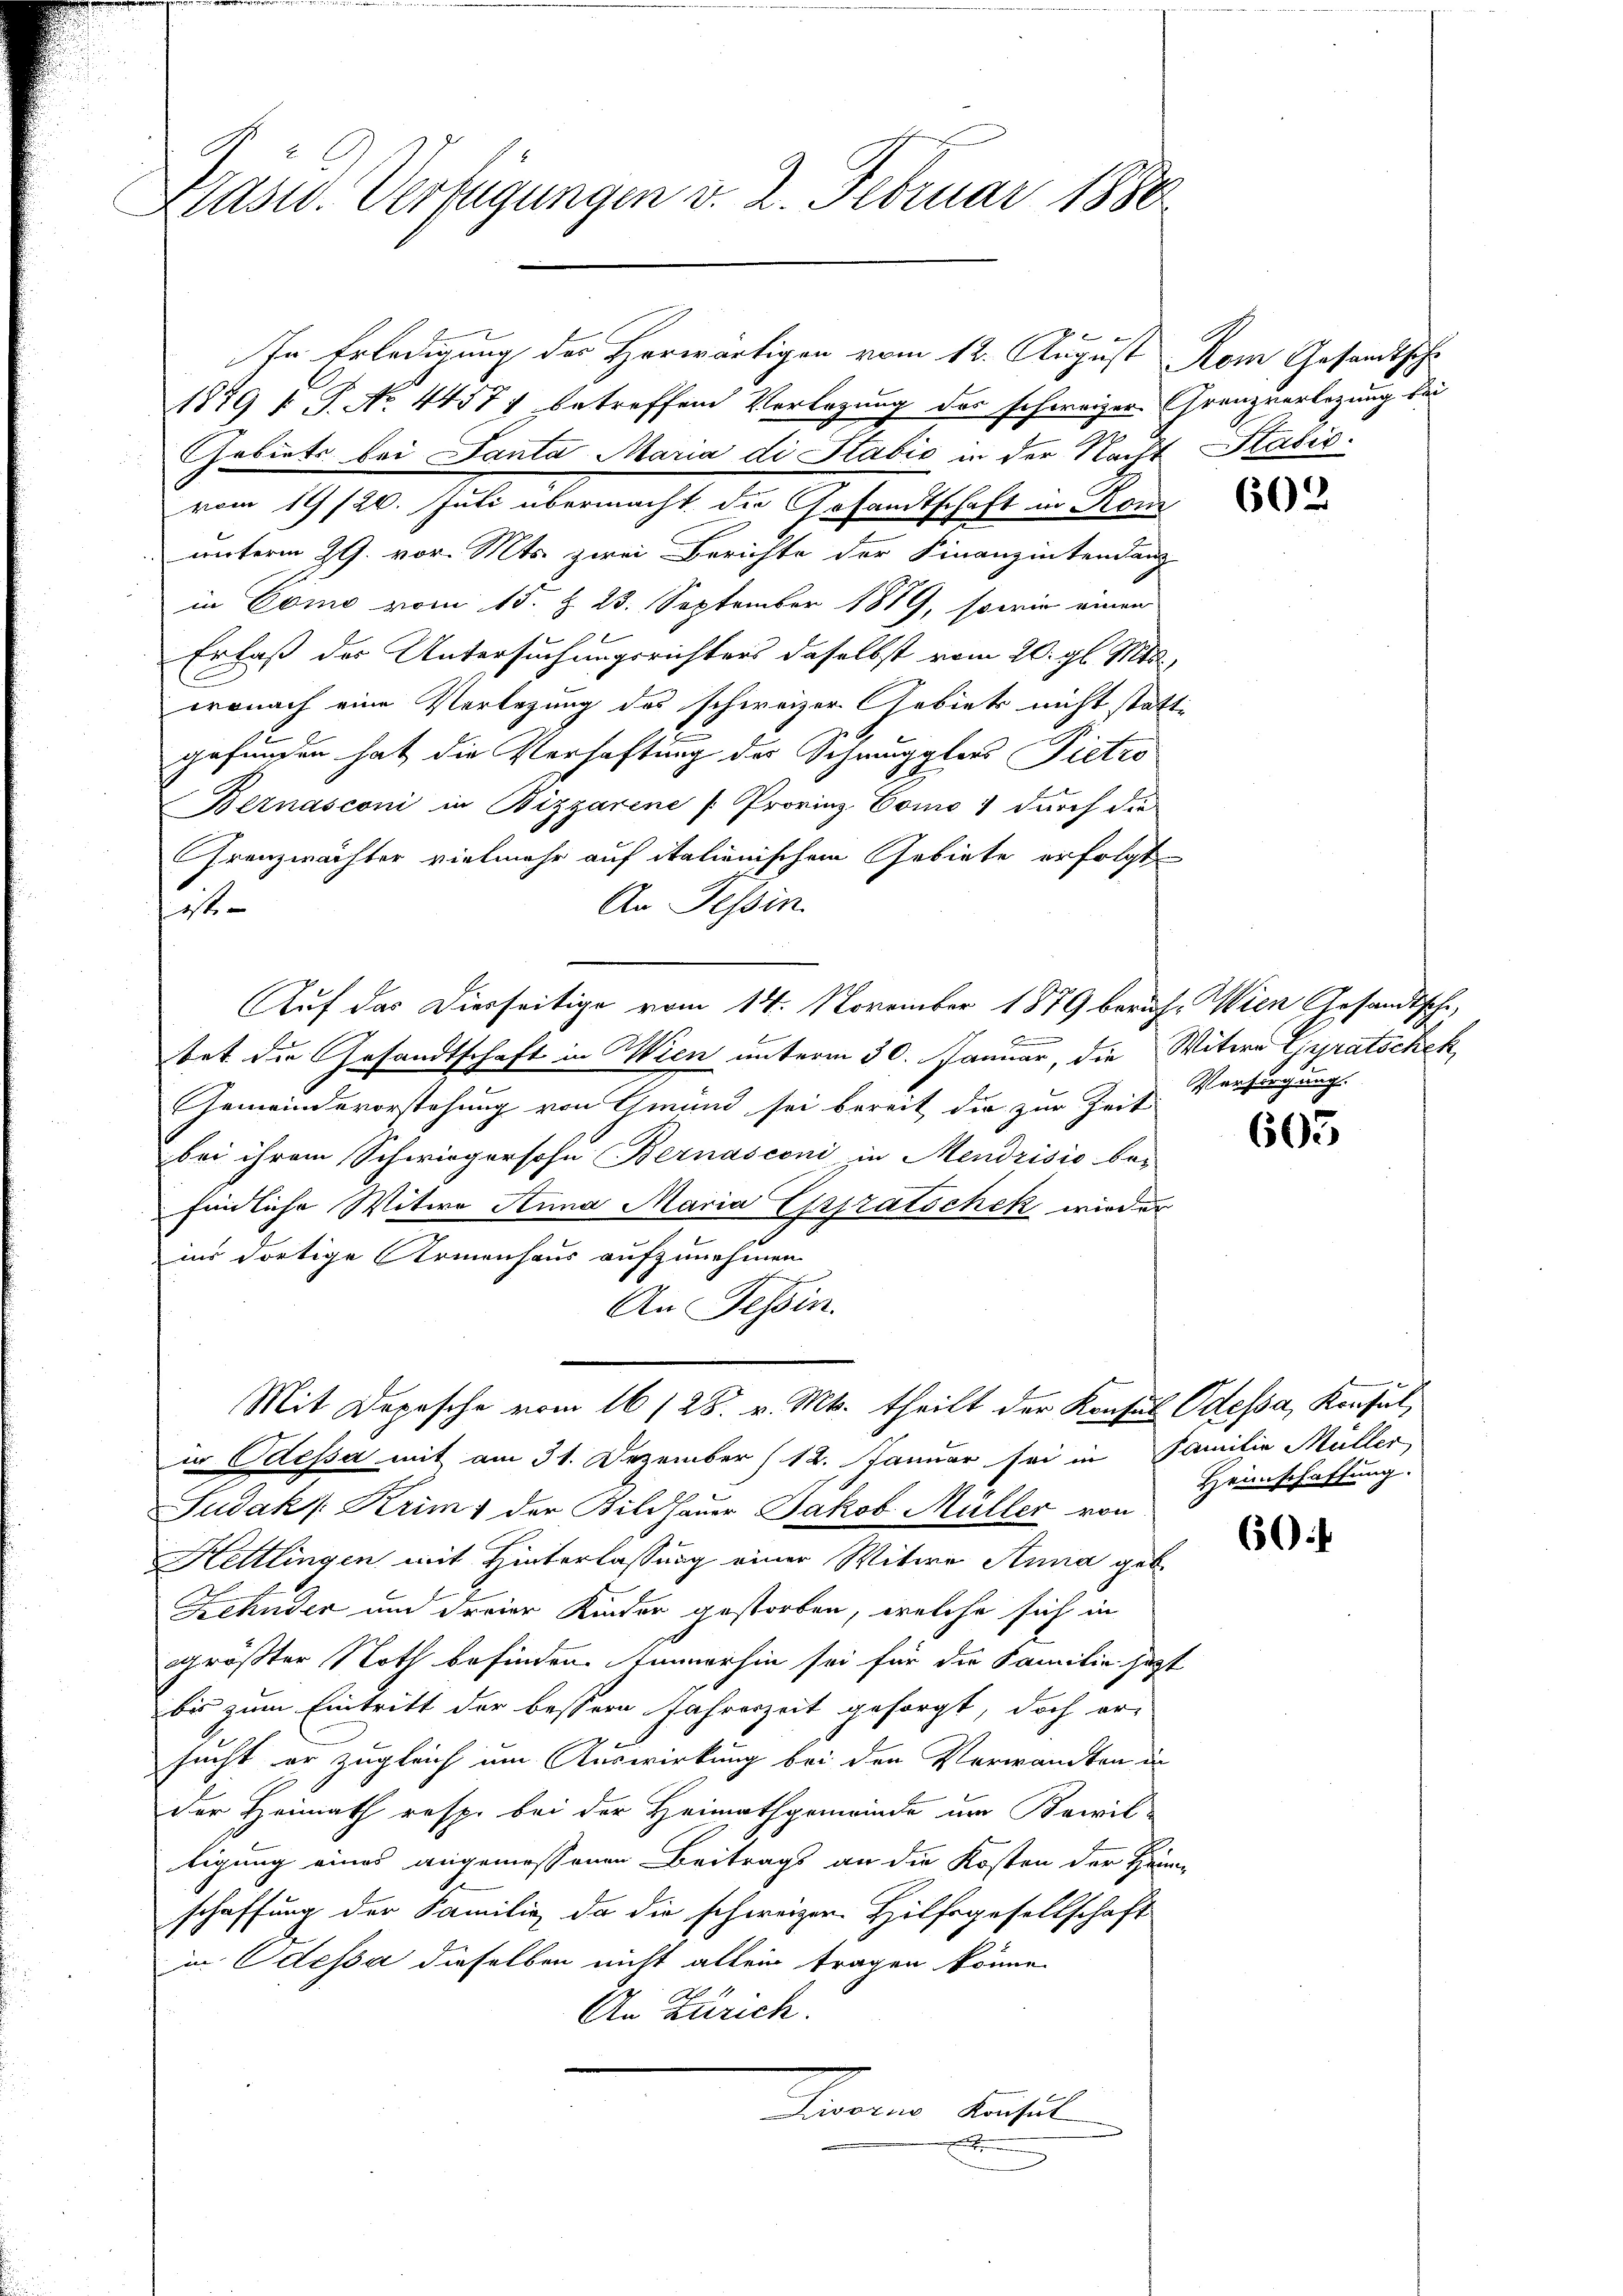
Präsid. Verfügungen v. 2. Februar 1880

1879 f. P. No 4457 betreffend Verlegung des schweizer Grenzverlegung bei
Gebiets bei Santa Maria di Sabić in der Nacht Sabić
vom 19/20. Juli übermacht die Gesandtschaft in Kom
unterm 29. vor. Mts. zwei Berichte der Finanzintendanz
in Como vom 15. §. 23. September 1889, sowie einen
Erlaß des Untersuchungsrichters daselbst vom 20. gl. Mts.,
wonach eine Verlegung des schweizer Gebiets nicht statt-
gefunden hat die Verhaftung des Schmugglers Pietro
Bernasconi in Bizzarene Provinz Como 1 durch die
Franzwächter vielmehr auf italienischem Gebiete erfolgt
An Tessin.
t
Auf das Diesseitige vom 14. November 1879 beruf. Wien Gesandtsche,
tet die Gesandtschaft in Wien unterm 30. Januar, die Witern Gyratschek
Gemeindevorstehung von Gmund sei bereit die zur Zeit
bei ihrem Schwiegersohn Bernasconi in Mendrisio be-
findliche Witwe Anna Maria Erpratschek wieder
.
ins dortige Armenhaus aufzunehmen.
An Tessin.
Mit Depesche vom 16/28. v. Mts. theilt der Konsul Odessa, Konsul
in Odessa mit am 31. Dezember (12. Januar sei in Familie Müller,
Judak ( Krimi der Bildhauer Jakob Müller von
Hettlingen mit Hinterlassung einer Witwe Anna geb.
Zehnder und dreier Kinder gestorben, welche sich in
größter Noth befinden. Immerhin sei für die Familie sagt
bis zum Eintritt der bessern Fahreszeit gesorgt, doch er
sucht er zugleich um Auswirkung bei den Verwandten in
der Heimath resp. bei der Heimathgemeinde um Bewil-
tigung eines angemessenen Beitrags an die Kosten der Heim-
schaffung der Familie, da die schweizer Hilfsgesellschaft
in Odessa dieselben nicht allein tragen könne.
An Zürich.
Senaten dersel
A

ber den |
In Erledigung des Herwärtigen vom 12. August Rom Gesandtsch

602

Versorgung.

605

Heimschaffung.

60